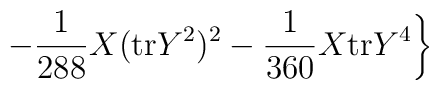
\left.-\frac{1}{288}X({\rm tr}Y^{2})^2-\frac{1}{360}X{\rm tr}Y^4 \right\}